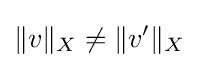
\|v\|_{X}\neq \|v'\|_{X}